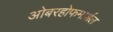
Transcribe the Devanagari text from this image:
ओबरहोफमार्शल